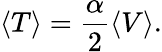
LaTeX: \langle T\rangle=\frac{\alpha}{2}\langle V\rangle.